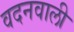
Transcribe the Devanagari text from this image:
वदनवाली